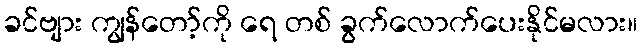
ခင်ဗျား ကျွန်တော့်ကို ရေ တစ် ခွက်လောက်ပေးနိုင်မလား။